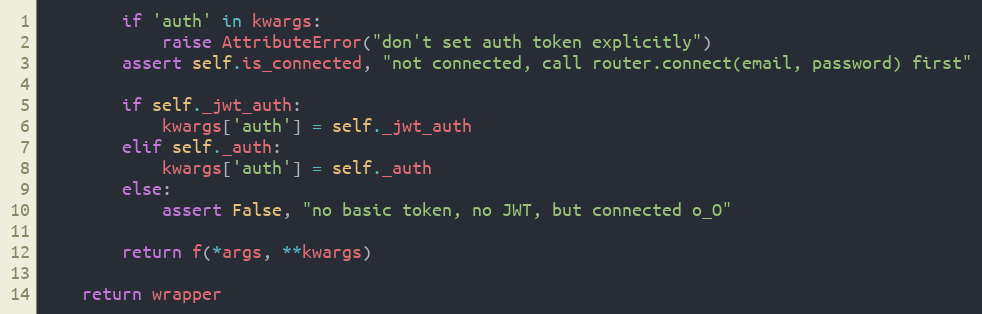
Language: Python
        if 'auth' in kwargs:
            raise AttributeError("don't set auth token explicitly")
        assert self.is_connected, "not connected, call router.connect(email, password) first"

        if self._jwt_auth:
            kwargs['auth'] = self._jwt_auth
        elif self._auth:
            kwargs['auth'] = self._auth
        else:
            assert False, "no basic token, no JWT, but connected o_O"

        return f(*args, **kwargs)

    return wrapper